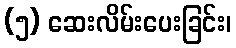
(၅) ဆေးလိမ်းပေးခြင်း၊